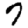
Digit: 7